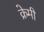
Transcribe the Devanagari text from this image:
क्रेमी